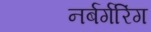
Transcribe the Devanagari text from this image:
नर्बर्गरिंग